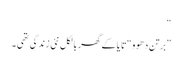
“
”برتن دھوو “تا یا کے گھر بالکل نئی زندگی تھی ۔